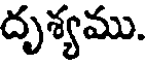
దృశ్యము.